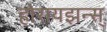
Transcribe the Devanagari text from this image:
होरायझन्स्